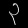
Digit: ၃